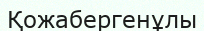
Қожабергенұлы